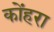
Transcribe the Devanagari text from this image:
कोंहरा